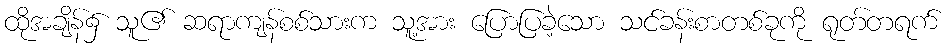
ထိုအချိန်၌ သူ၏ ဆရာကျန်စစ်သားက သူ့အား ပြောပြခဲ့သော သင်ခန်းစာတစ်ခုကို ရုတ်တရက်